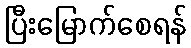
ပြီးမြောက်စေရန်